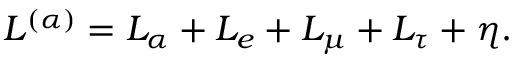
L ^ { ( \alpha ) } = L _ { \alpha } + L _ { e } + L _ { \mu } + L _ { \tau } + \eta .